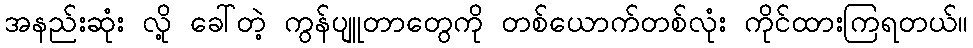
အနည်းဆုံး လို့ ခေါ်တဲ့ ကွန်ပျူတာတွေကို တစ်ယောက်တစ်လုံး ကိုင်ထားကြရတယ်။